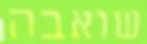
שואבה